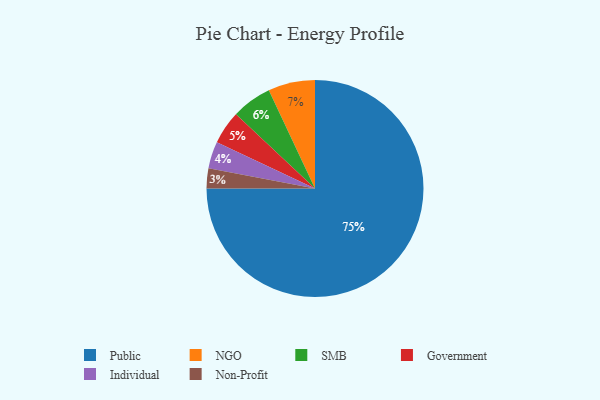
{"axis": {"x": "Category", "y": "Percentage"}, "legend": ["Government", "Individual", "NGO", "Non-Profit", "Public", "SMB"], "data": [{"x": "Government", "y": 5, "type": "Government"}, {"x": "Public", "y": 75, "type": "Public"}, {"x": "NGO", "y": 7, "type": "NGO"}, {"x": "Non-Profit", "y": 3, "type": "Non-Profit"}, {"x": "Individual", "y": 4, "type": "Individual"}, {"x": "SMB", "y": 6, "type": "SMB"}]}